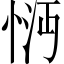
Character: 𢚽